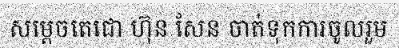
សម្តេចតេជោ ហ៊ុន សែន ចាត់ទុកការចូលរួម